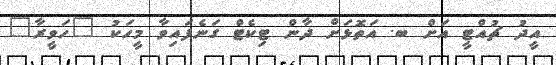
އީދު ޗުއްޓީ އަށް ބ. އަތޮޅަށް ދާން ޓިކެޓް ގަނެފައިވާ މީހަކު "ހަވީރާ"